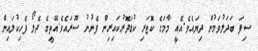
ސިފަ ބަދަލުވަމުން ދިޔައެވެ.އެއީ މާމަގެ ކޮޓަރި ކުޑަދޮރުކައިރިން ފެނުނު ސޫރައެވެ.އޭތީގެ ދެލޯ ފެހިކުލައިން